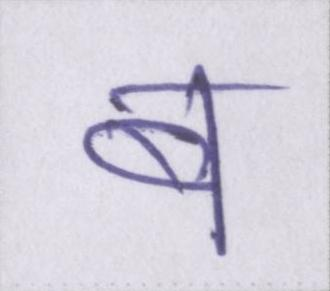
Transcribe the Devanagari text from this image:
ब